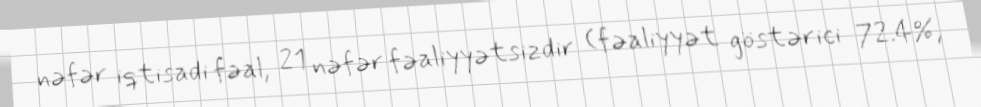
nəfər iqtisadi fəal, 21 nəfər fəaliyyətsizdir (fəaliyyət göstərici 72.4%,